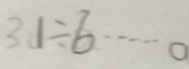
3 0 \div 6 \cdots 0